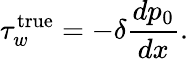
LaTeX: \tau_{w}^{\textrm{true}}=-\delta\frac{dp_{0}}{dx}.